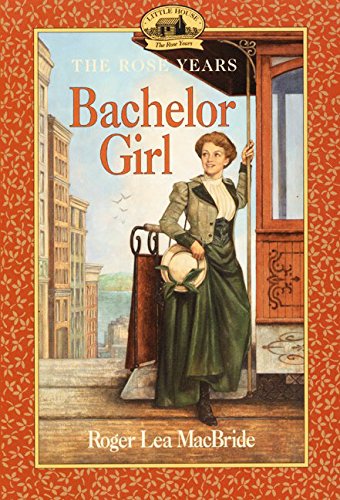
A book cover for Bachelor Girl (Little House); Roger Lea MacBride; Children's Books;